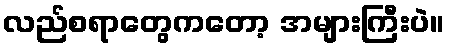
လည်စရာတွေကတော့ အများကြီးပဲ။